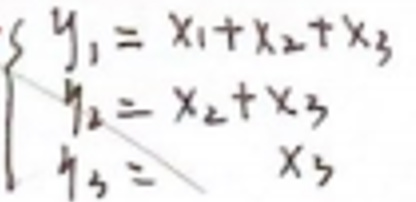
\begin{cases}
y_1 = x_1 + x_2 + x_3 \\
y_2 = x_2 + x_3 \\
y_3 = x_3
\end{cases}